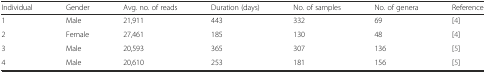
| Individual | Gender | Avg. no. of reads | Duration (days) | No. of samples | No. of genera | Reference |
 | --- | --- | --- | --- | --- | --- | --- |
 | 1 | Male | 21,911 | 443 | 332 | 69 | [4] |
 | 2 | Female | 27,461 | 185 | 130 | 48 | [4] |
 | 3 | Male | 20,593 | 365 | 307 | 136 | [5] |
 | 4 | Male | 20,610 | 253 | 181 | 156 | [5] |